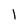
Character: 1